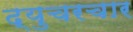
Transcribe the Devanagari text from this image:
द्युचरचार